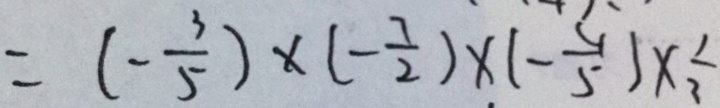
= ( - \frac { 3 } { 5 } ) \times ( - \frac { 7 } { 2 } ) \times ( - \frac { 4 } { 5 } ) \times \frac { 1 } { 3 }